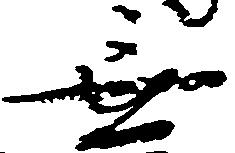
無